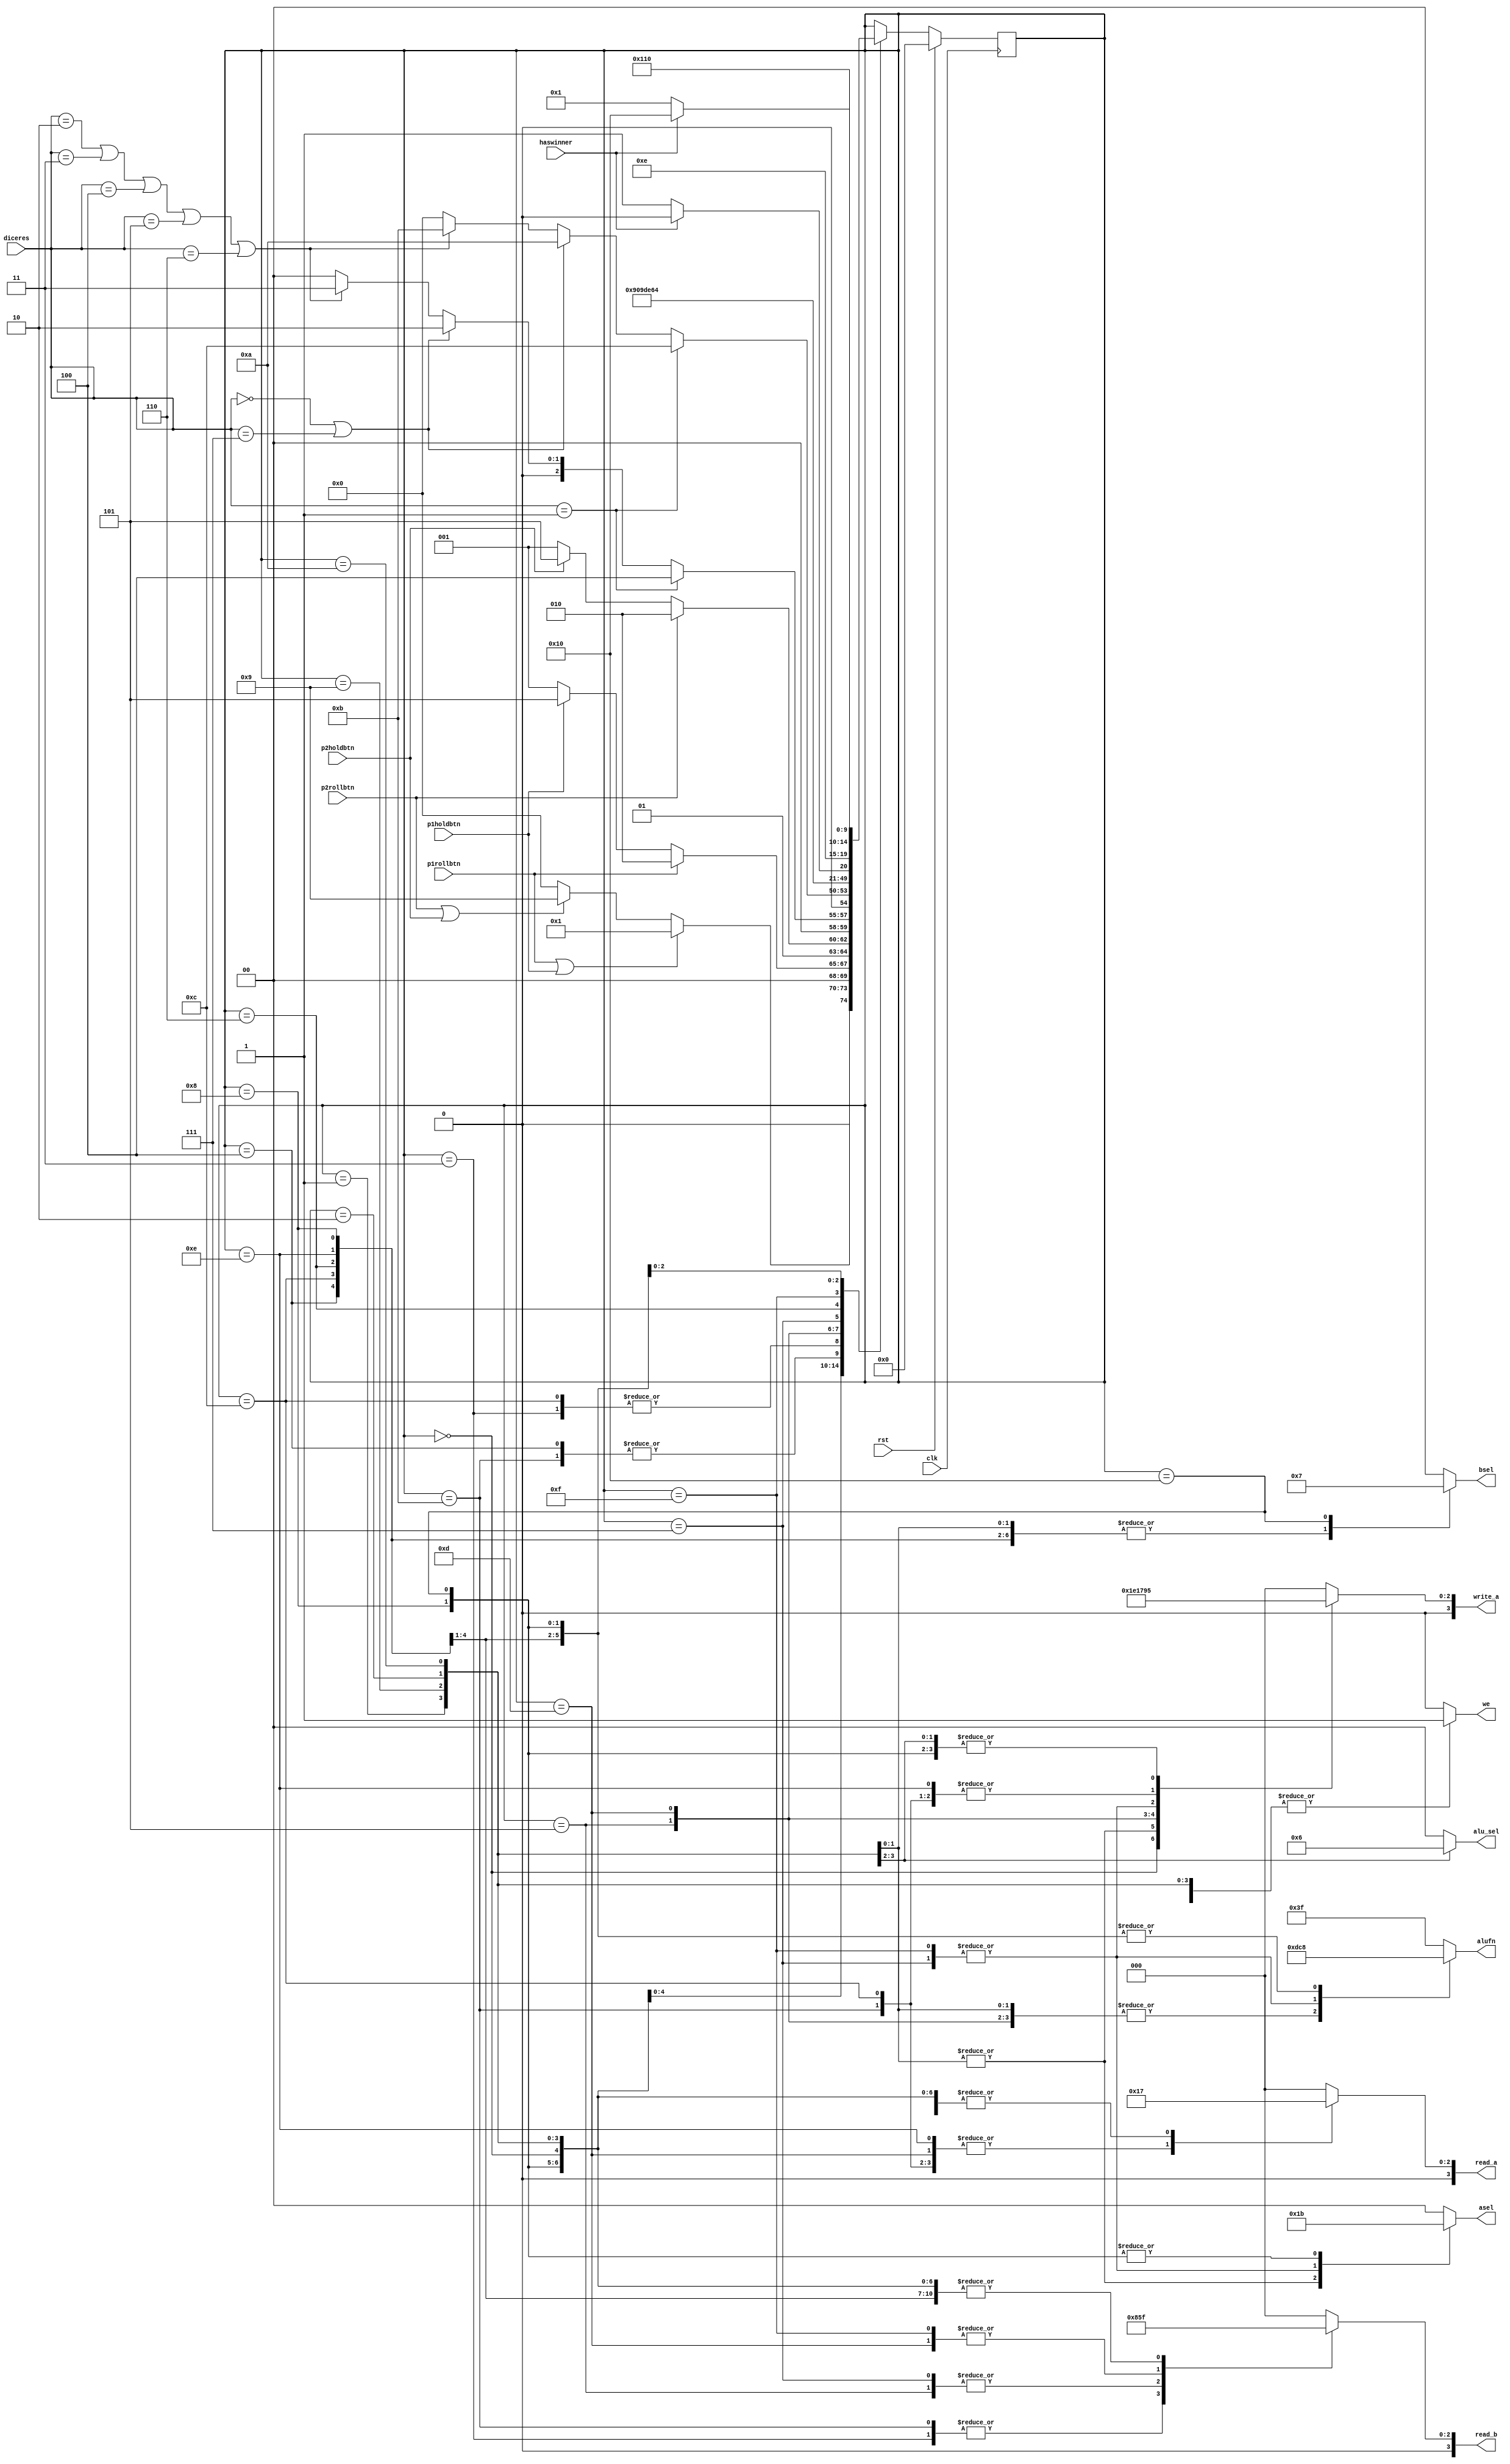
/*
   This file was generated automatically by Alchitry Labs version 1.2.7.
   Do not edit this file directly. Instead edit the original Lucid source.
   This is a temporary file and any changes made to it will be destroyed.
*/

module game_CU_10 (
    input clk,
    input rst,
    input p1rollbtn,
    input p1holdbtn,
    input p2rollbtn,
    input p2holdbtn,
    input haswinner,
    input [2:0] diceres,
    output reg [5:0] alufn,
    output reg [1:0] asel,
    output reg [1:0] bsel,
    output reg [1:0] alu_sel,
    output reg [3:0] write_a,
    output reg [3:0] read_a,
    output reg [3:0] read_b,
    output reg we
  );
  
  
  
  reg [2:0] dicer;
  
  
  localparam IDLE_game = 5'd0;
  localparam P1_TURN_game = 5'd1;
  localparam P1_ROLL_game = 5'd2;
  localparam UPDATEP1CURR_game = 5'd3;
  localparam RESET_P1CURR_game = 5'd4;
  localparam UPDATEP1ACC_game = 5'd5;
  localparam BRANCHP1CHECK_game = 5'd6;
  localparam CHKP150_game = 5'd7;
  localparam P1WIN_game = 5'd8;
  localparam P2_TURN_game = 5'd9;
  localparam P2_ROLL_game = 5'd10;
  localparam UPDATEP2CURR_game = 5'd11;
  localparam RESET_P2CURR_game = 5'd12;
  localparam UPDATEP2ACC_game = 5'd13;
  localparam BRANCHP2CHECK_game = 5'd14;
  localparam CHKP250_game = 5'd15;
  localparam P2WIN_game = 5'd16;
  
  reg [4:0] M_game_d, M_game_q = IDLE_game;
  
  always @* begin
    M_game_d = M_game_q;
    
    alufn = 6'h3f;
    asel = 1'h0;
    bsel = 1'h0;
    alu_sel = 1'h0;
    write_a = 1'h0;
    read_a = 1'h0;
    read_b = 1'h0;
    we = 1'h0;
    
    case (M_game_q)
      IDLE_game: begin
        alufn = 6'h3f;
        asel = 1'h0;
        bsel = 1'h0;
        alu_sel = 1'h0;
        write_a = 4'h7;
        read_a = 4'h7;
        read_b = 4'h7;
        we = 1'h0;
        if (p1rollbtn || p1holdbtn) begin
          M_game_d = P1_TURN_game;
        end else begin
          if (p2rollbtn || p2holdbtn) begin
            M_game_d = P2_TURN_game;
          end else begin
            M_game_d = IDLE_game;
          end
        end
      end
      P1_TURN_game: begin
        alufn = 6'h3f;
        asel = 1'h0;
        bsel = 1'h0;
        alu_sel = 2'h1;
        write_a = 4'h5;
        read_a = 4'h7;
        read_b = 4'h7;
        we = 1'h1;
        if (p1rollbtn) begin
          M_game_d = P1_ROLL_game;
        end else begin
          if (p1holdbtn) begin
            M_game_d = UPDATEP1ACC_game;
          end else begin
            M_game_d = P1_TURN_game;
          end
        end
      end
      P2_TURN_game: begin
        alufn = 6'h3f;
        asel = 1'h0;
        bsel = 1'h0;
        alu_sel = 2'h2;
        write_a = 4'h5;
        read_a = 4'h7;
        read_b = 4'h7;
        we = 1'h1;
        if (p2rollbtn) begin
          M_game_d = P2_ROLL_game;
        end else begin
          if (p2holdbtn) begin
            M_game_d = UPDATEP2ACC_game;
          end else begin
            M_game_d = P2_TURN_game;
          end
        end
      end
      P1_ROLL_game: begin
        alufn = 6'h00;
        asel = 2'h1;
        bsel = 2'h1;
        alu_sel = 1'h0;
        write_a = 4'h4;
        read_a = 4'h7;
        read_b = 4'h7;
        we = 1'h1;
        if (diceres == 1'h1) begin
          M_game_d = RESET_P1CURR_game;
        end else begin
          if (diceres == 1'h0 || diceres == 3'h7) begin
            M_game_d = P1_ROLL_game;
          end else begin
            if (diceres == 2'h2 || diceres == 2'h3 || diceres == 3'h4 || diceres == 3'h5 || diceres == 3'h6) begin
              M_game_d = UPDATEP1CURR_game;
            end else begin
              M_game_d = IDLE_game;
            end
          end
        end
      end
      P2_ROLL_game: begin
        alufn = 6'h00;
        asel = 2'h1;
        bsel = 2'h1;
        alu_sel = 1'h0;
        write_a = 4'h4;
        read_a = 4'h7;
        read_b = 4'h7;
        we = 1'h1;
        if (diceres == 1'h1) begin
          M_game_d = RESET_P2CURR_game;
        end else begin
          if (diceres == 1'h0 || diceres == 3'h7) begin
            M_game_d = P2_ROLL_game;
          end else begin
            if (diceres == 2'h2 || diceres == 2'h3 || diceres == 3'h4 || diceres == 3'h5 || diceres == 3'h6) begin
              M_game_d = UPDATEP2CURR_game;
            end else begin
              M_game_d = IDLE_game;
            end
          end
        end
      end
      UPDATEP1CURR_game: begin
        alufn = 6'h00;
        asel = 1'h0;
        bsel = 1'h0;
        alu_sel = 1'h0;
        write_a = 4'h0;
        read_a = 4'h0;
        read_b = 4'h4;
        we = 1'h1;
        M_game_d = P1_TURN_game;
      end
      UPDATEP2CURR_game: begin
        alufn = 6'h00;
        asel = 1'h0;
        bsel = 1'h0;
        alu_sel = 1'h0;
        write_a = 4'h2;
        read_a = 4'h2;
        read_b = 4'h4;
        we = 1'h1;
        M_game_d = P2_TURN_game;
      end
      RESET_P1CURR_game: begin
        alufn = 6'h08;
        asel = 1'h0;
        bsel = 2'h1;
        alu_sel = 1'h0;
        write_a = 4'h0;
        read_a = 4'h0;
        read_b = 4'h7;
        we = 1'h1;
        M_game_d = P2_TURN_game;
      end
      RESET_P2CURR_game: begin
        alufn = 6'h08;
        asel = 1'h0;
        bsel = 2'h1;
        alu_sel = 1'h0;
        write_a = 4'h2;
        read_a = 4'h2;
        read_b = 4'h7;
        we = 1'h1;
        M_game_d = P1_TURN_game;
      end
      UPDATEP1ACC_game: begin
        alufn = 6'h00;
        asel = 1'h0;
        bsel = 1'h0;
        alu_sel = 1'h0;
        write_a = 4'h1;
        read_a = 4'h0;
        read_b = 4'h1;
        we = 1'h1;
        M_game_d = CHKP150_game;
      end
      UPDATEP2ACC_game: begin
        alufn = 6'h00;
        asel = 1'h0;
        bsel = 1'h0;
        alu_sel = 1'h0;
        write_a = 4'h3;
        read_a = 4'h2;
        read_b = 4'h3;
        we = 1'h1;
        M_game_d = CHKP250_game;
      end
      CHKP150_game: begin
        alufn = 6'h37;
        asel = 2'h2;
        bsel = 1'h0;
        alu_sel = 1'h0;
        write_a = 4'h6;
        read_a = 4'h7;
        read_b = 4'h1;
        we = 1'h1;
        M_game_d = BRANCHP1CHECK_game;
      end
      BRANCHP1CHECK_game: begin
        alufn = 6'h08;
        asel = 1'h0;
        bsel = 2'h1;
        alu_sel = 1'h0;
        write_a = 4'h0;
        read_a = 4'h0;
        read_b = 4'h7;
        we = 1'h1;
        if (haswinner == 1'h0) begin
          M_game_d = P2_TURN_game;
        end else begin
          M_game_d = P1WIN_game;
        end
      end
      CHKP250_game: begin
        alufn = 6'h37;
        asel = 2'h2;
        bsel = 1'h0;
        alu_sel = 1'h0;
        write_a = 4'h6;
        read_a = 4'h7;
        read_b = 4'h3;
        we = 1'h1;
        M_game_d = BRANCHP2CHECK_game;
      end
      BRANCHP2CHECK_game: begin
        alufn = 6'h08;
        asel = 1'h0;
        bsel = 2'h1;
        alu_sel = 1'h0;
        write_a = 4'h2;
        read_a = 4'h2;
        read_b = 4'h7;
        we = 1'h1;
        if (haswinner == 1'h0) begin
          M_game_d = P1_TURN_game;
        end else begin
          M_game_d = P2WIN_game;
        end
      end
      P1WIN_game: begin
        alufn = 6'h08;
        asel = 2'h3;
        bsel = 2'h1;
        alu_sel = 1'h0;
        write_a = 4'h5;
        read_a = 4'h7;
        read_b = 4'h7;
        we = 1'h1;
        M_game_d = P1WIN_game;
      end
      P2WIN_game: begin
        alufn = 6'h08;
        asel = 2'h3;
        bsel = 2'h3;
        alu_sel = 1'h0;
        write_a = 4'h5;
        read_a = 4'h7;
        read_b = 4'h7;
        we = 1'h1;
        M_game_d = P2WIN_game;
      end
    endcase
  end
  
  always @(posedge clk) begin
    if (rst == 1'b1) begin
      M_game_q <= 1'h0;
    end else begin
      M_game_q <= M_game_d;
    end
  end
  
endmodule